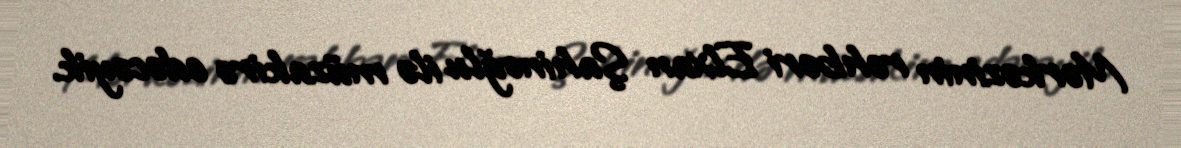
Mərkəzinin rəhbəri Elxan Şahinoğlu ilə müzakirə edəcəyik.